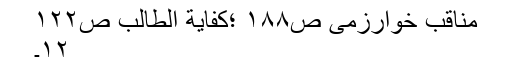
مناقب خوارزمی ص١٨٨ ؛کفایة الطالب ص١٢٢
١٢۔